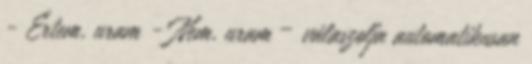
- Értem, uram - Nem, uram – válaszolja automatikusan